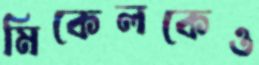
মিকেলকেও